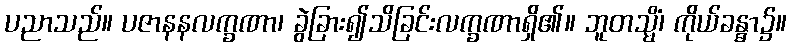
ပညာသည်။ ပဇာနနလက္ခဏာ၊ ခွဲခြား၍သိခြင်းလက္ခဏာရှိ၏။ ဘူတသ္မိံ၊ ကိုယ်ခန္ဓာ၌။